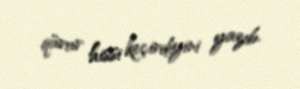
qürur hissi keçirdiyini yazıb.